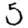
Digit: 5